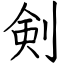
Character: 剣